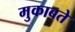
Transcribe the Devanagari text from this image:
मुकाबते